Indian journal of veterinary science and animal husbandry - Volumes 15-17, 1948-1951
Year: 1948
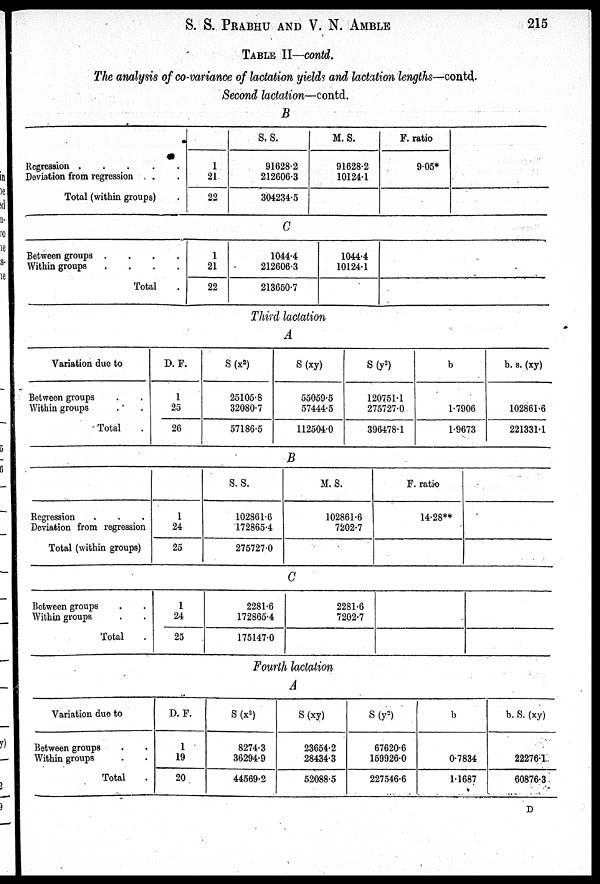
S. S. PRABHU AND V. N. AMBLE 215
TABLE II—contd.
The analysis of co-variance of lactation yields and lactation lengths—contd.
Second lactation—contd.
B
Regression
.
.
.
.
.
Deviation from regression . .
Total (within groups) .
1
21
22
S. S.
91628.2
212606.3
304234.5
M. S.
91628.2
10124.1
F. ratio
9.05*
C
Between groups . . . .
Within groups . . . .
Total .
1
21
22
1044.4
212606.3
213650.7
1044.4
10124.1
Third lactation
A
Variation due to
Between groups . .
Within groups . .
Total .
D. F.
1
25
26
S (x 2 )
25105.8
32080.7
57186.5
S (xy)
55059.5
57444.5
112504.0
S (y 2 )
120751.1
275727.0
396478.1
b
1.7906
1.9673
b. s. (xy)
102861.6
221331.1
B
Regression . . .
Deviation from regression
Total (within groups)
1
24
25
S. S.
102861.6
172865.4
275727.0
M. S.
102861.6
7202.7
F. ratio
14.28**
C
Between groups . .
Within groups . .
Total .
1
24
25
2281.6
172865.4
175147.0
2281.6
7202.7
Fourth lactation
A
Variation due to
Between groups . .
Within groups . .
Total .
D. F.
1
19
20
S (x 2 )
8274.3
36294.9
44569.2
S (xy)
23654.2
28434.3
52088.5
S (y 2 )
67620.6
159926.0
227546.6
b
0.7834
1.1687
b. S. (xy)
22276.1
60876.3
D